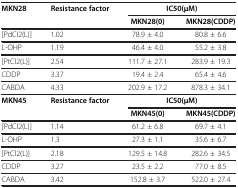
| MKN28 | Resistance factor | <COLSPAN=2> IC50(μM) |
 |  |  | MKN28(0) | MKN28(CDDP) |
 | --- | --- | --- | --- |
 | [PdCl2(L)] | 1.02 | 78.9 ± 4.0 | 80.8 ± 6.6 |
 | L-OHP | 1.19 | 46.4 ± 4.0 | 55.2 ± 3.8 |
 | [PtCl2(L)] | 2.54 | 111.7 ± 27.1 | 283.9 ± 19.3 |
 | CDDP | 3.37 | 19.4 ± 2.4 | 65.4 ± 4.6 |
 | CABDA | 4.33 | 202.9 ± 17.2 | 878.3 ± 34.1 |
 | MKN45 | Resistance factor | <COLSPAN=2> IC50(μM) |
 |  |  | MKN45(0) | MKN45(CDDP) |
 | [PdCl2(L)] | 1.14 | 61.2 ± 6.8 | 69.7 ± 4.1 |
 | L-OHP | 1.3 | 27.3 ± 1.1 | 35.6 ± 6.7 |
 | [PtCl2(L)] | 2.18 | 129.5 ± 14.8 | 282.6 ± 34.5 |
 | CDDP | 3.27 | 23.5 ± 2.2 | 77.0 ± 8.5 |
 | CABDA | 3.42 | 152.8 ± 3.7 | 522.0 ± 27.4 |